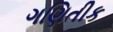
ગણિતીક